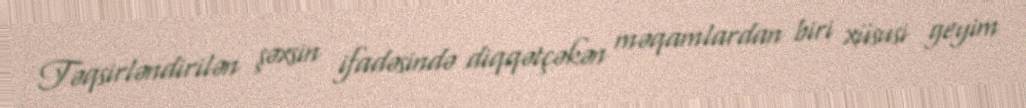
Təqsirləndirilən şəxsin ifadəsində diqqətçəkən məqamlardan biri xüsusi geyim